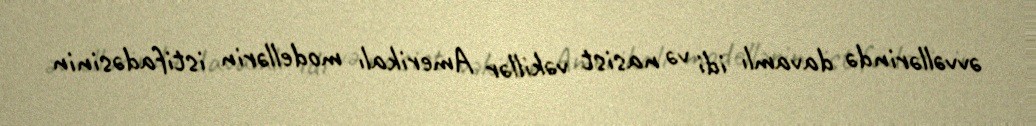
əvvəllərində davamlı idi və nasist vəkillər Amerikalı modellərin istifadəsinin